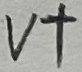
Text: V+